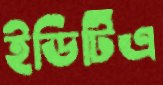
ইডিটিএ